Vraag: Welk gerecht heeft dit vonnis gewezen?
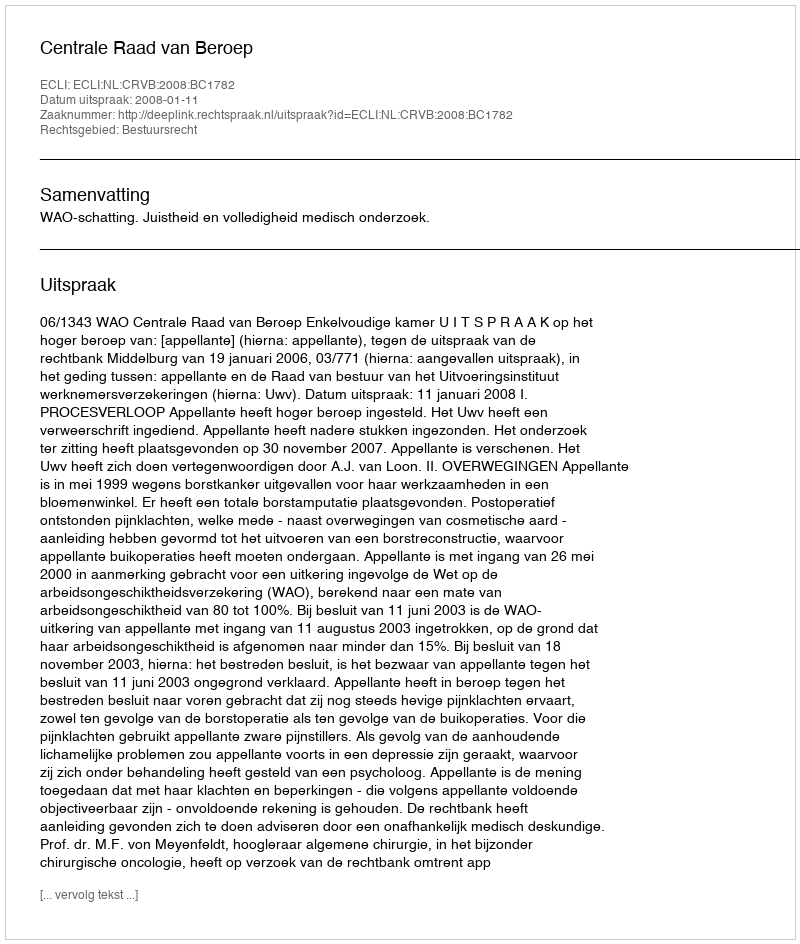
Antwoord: Centrale Raad van Beroep